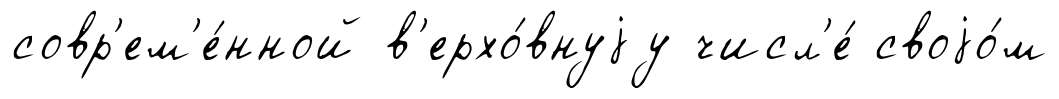
совр'ем'е́нной в'ерхо́внуjу числ'е́ своjо́м